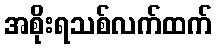
အစိုးရသစ်လက်ထက်